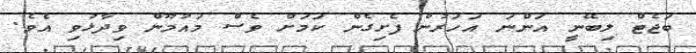
ބަޖެޓް ލިބޭނީ އަންނަ އަހަރުން ފެށިގެން ކަމަށް ވެސް މައުމޫން ވިދާޅުވި އެވެ.